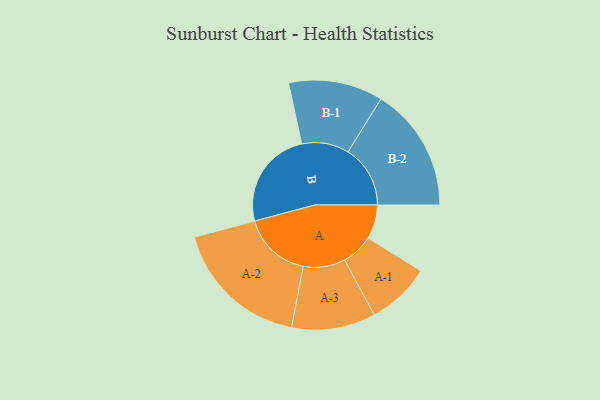
{"axis": {"x": "Segment", "y": "Value"}, "legend": ["", "A", "B"], "data": [{"x": "A", "y": 109, "type": ""}, {"x": "B", "y": 317, "type": ""}, {"x": "A-1", "y": 102, "type": "A"}, {"x": "A-2", "y": 220, "type": "A"}, {"x": "A-3", "y": 134, "type": "A"}, {"x": "B-1", "y": 151, "type": "B"}, {"x": "B-2", "y": 199, "type": "B"}]}